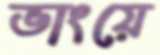
ভাংয়ে